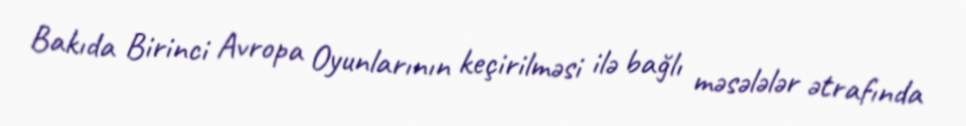
Bakıda Birinci Avropa Oyunlarının keçirilməsi ilə bağlı məsələlər ətrafında